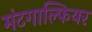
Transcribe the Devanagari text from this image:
मंटगाल्फियर